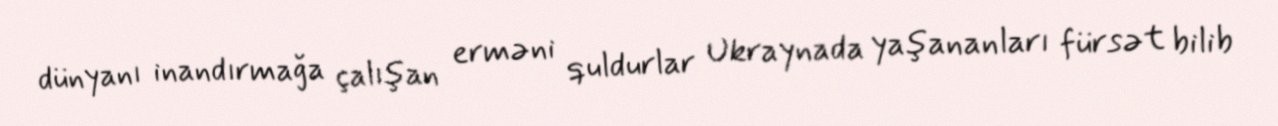
dünyanı inandırmağa çalışan erməni quldurlar Ukraynada yaşananları fürsət bilib